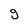
Character: g